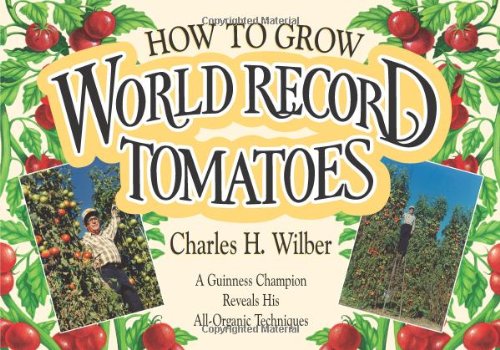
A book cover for How to Grow World Record Tomatoes: A Guinness Champion Reveals His All-Organic Secrets; Charles H. Wilber; Crafts, Hobbies & Home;